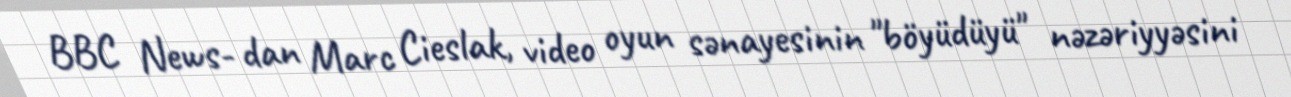
BBC News- dan Marc Cieslak, video oyun sənayesinin "böyüdüyü" nəzəriyyəsini